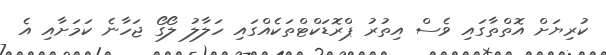
ކުރިޔަށް އޮތްތާގައި ވެސް އިތުރު ޕްރޮޑަކްޓްތަކެއްގައި ހަލާލު ލޯގޯ ޖަހާނެ ކަމަށާއި އެ